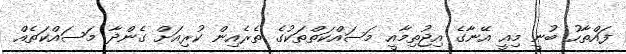
ފައްތާހު ބުނީ މިއީ އޭނާގެ އިޖުތިމާއީ މަސައްކަތްތަކުގެ ތެރެއިން ކުރިއަށް ގެންދާ މަސައްކަތެއް